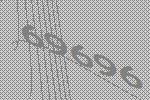
69696